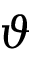
\vartheta